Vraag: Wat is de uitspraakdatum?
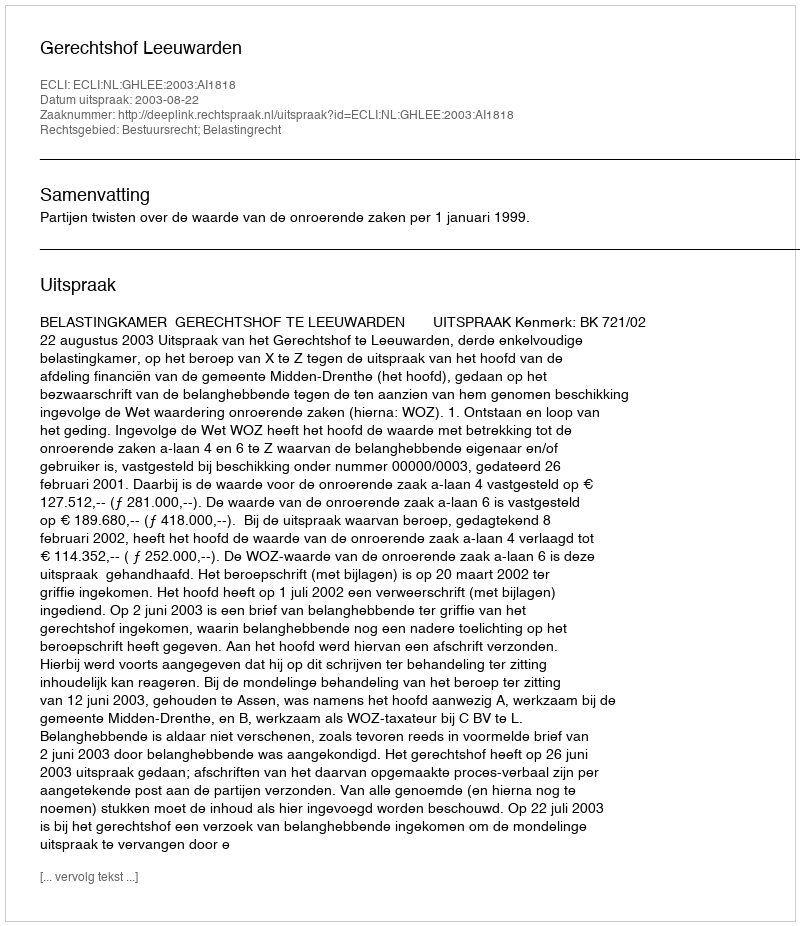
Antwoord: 2003-08-22